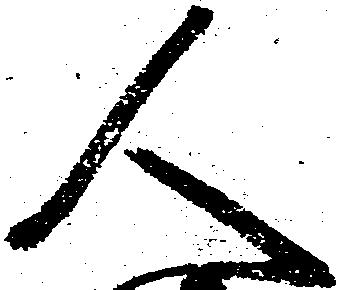
人